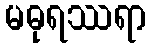
မဓုရဿရာ